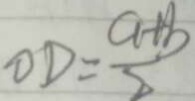
O D = \frac { a + b } { 2 }